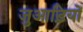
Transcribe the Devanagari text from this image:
जुआड़ियों